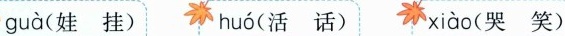
guà (娃 挂) huó (活 话) xiào (哭 笑)